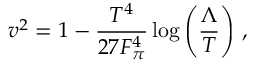
v ^ { 2 } = 1 - \frac { T ^ { 4 } } { 2 7 F _ { \pi } ^ { 4 } } \log \left( \frac { \Lambda } { T } \right) \, ,